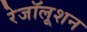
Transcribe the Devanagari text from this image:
रेजॉलूशन